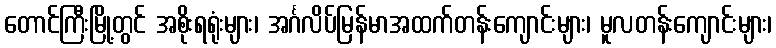
တောင်ကြီးမြို့တွင် အစိုးရရုံးများ၊ အင်္ဂလိပ်မြန်မာအထက်တန်းကျောင်းများ၊ မူလတန်းကျောင်းများ၊